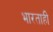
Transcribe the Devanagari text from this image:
भारताही